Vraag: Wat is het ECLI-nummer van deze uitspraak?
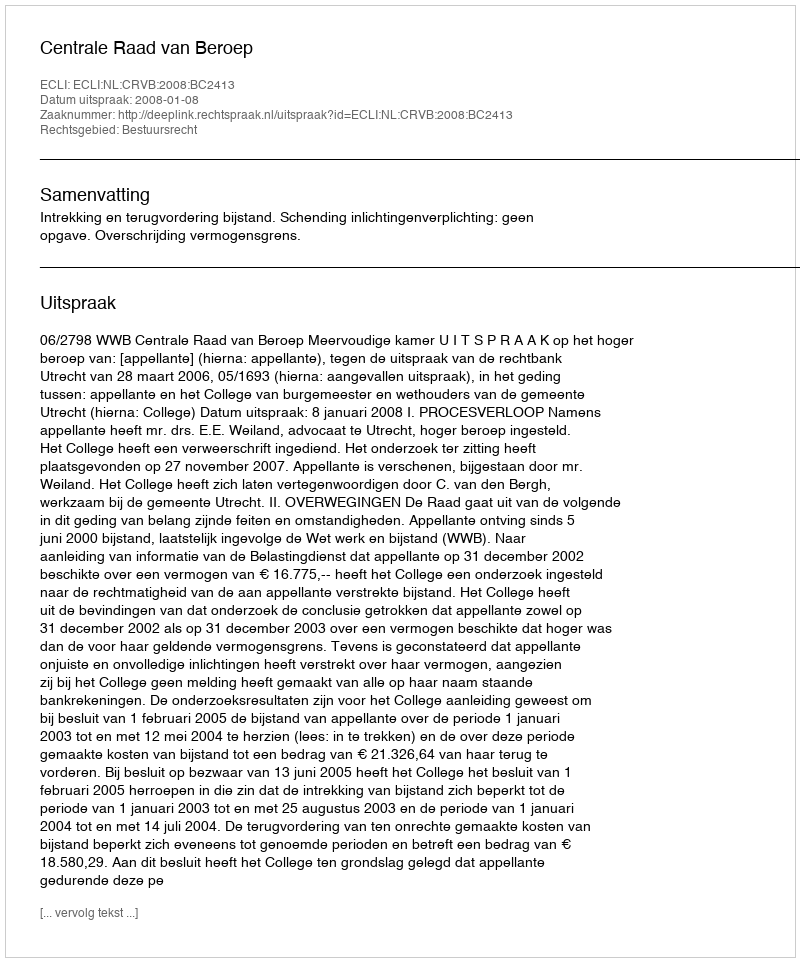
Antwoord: ECLI:NL:CRVB:2008:BC2413